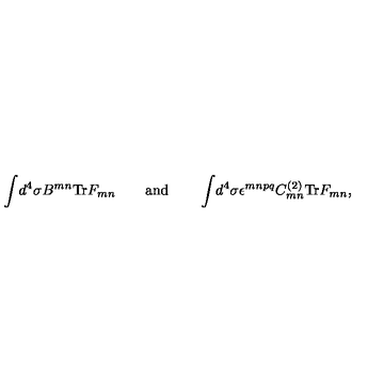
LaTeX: \int \! d ^ { 4 } \sigma B ^ { m n } \mathrm { T r } F _ { m n } \quad \quad \mathrm { a n d } \quad \quad \int \! d ^ { 4 } \sigma \epsilon ^ { m n p q } C _ { m n } ^ { ( 2 ) } \mathrm { T r } F _ { m n } ,